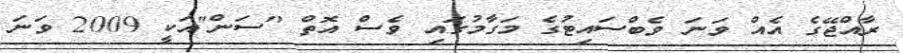
ރާއްޖޭގެ އެއް ވަނަ ވެބްސައިޓުގެ މަގާމުގައި ވެސް އޮތް "ސަން"އަކީ 2009 ވަނަ